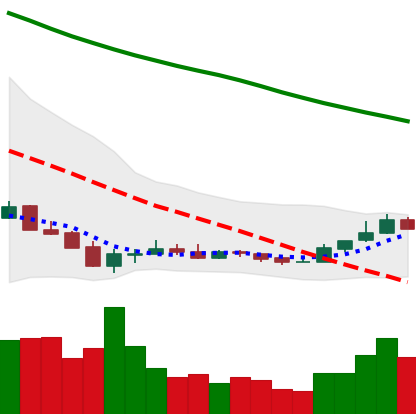
Ticker: ETC-USD
Chart end date: 2018-12-21
Forward return: 21.698%
Label: up_7plus